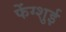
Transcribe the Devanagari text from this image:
फेंग्शुई